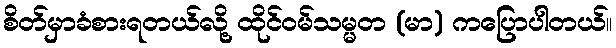
စိတ်မှာခံစားရတယ်လို့ ထိုင်ဝမ်သမ္မတ (မာ) ကပြောပါတယ်။